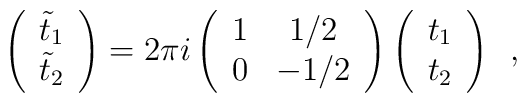
\left(\begin{array}{c}{\tilde{t}}_1 \\{\tilde{t}}_2\end{array}\right)=2 \pi i\left(\begin{array}{cc}1 &  1/2  \\0 & -1/2\end{array}\right)\left(\begin{array}{c}t_1 \\t_2\end{array}\right)\,\,\,,